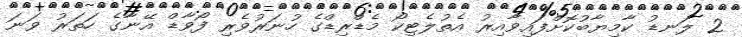
2 ލަނޑު ކާމިޔާބުކޮށްފައިވާއިރު އެތުލެޓިކޯ މެޑްރިޑްގެ ހުނަރުވެރި ފޯވާޑް އޭނާގެ ހަތަރު ވަނަ